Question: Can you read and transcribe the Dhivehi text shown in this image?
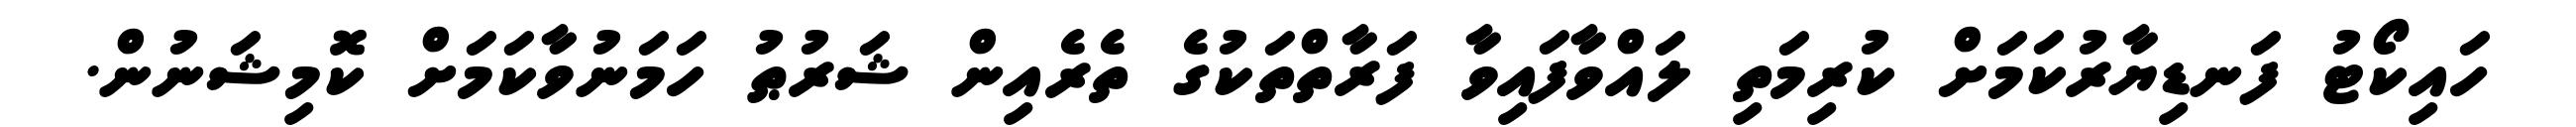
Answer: ހައިކޯޓު ފަނޑިޔާރުކަމަށް ކުރިމަތި ލައްވާފައިވާ ފަރާތްތަކުގެ ތެރެއިން ޝަރުޠު ހަމަނުވާކަމަށް ކޮމިޝަނުން.